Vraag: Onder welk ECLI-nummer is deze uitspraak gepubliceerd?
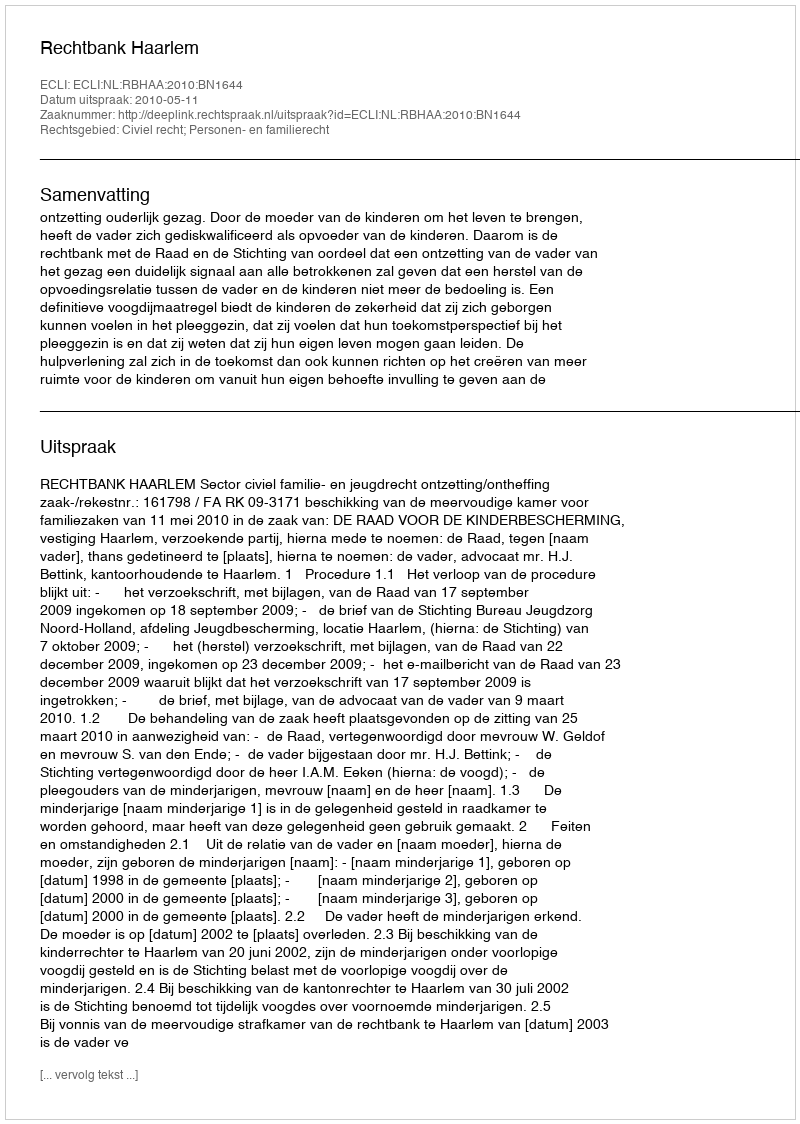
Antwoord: ECLI:NL:RBHAA:2010:BN1644